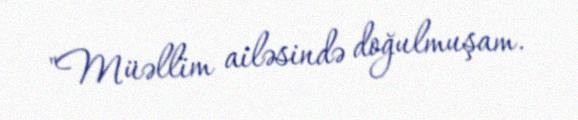
"Müəllim ailəsində doğulmuşam.